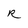
Character: R